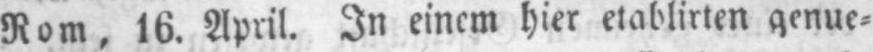
Rom, 16. April. In einem hier etablirten genue⸗